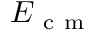
E _ { \mathrm { ~ c ~ m ~ } }